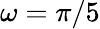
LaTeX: \omega=\pi/5